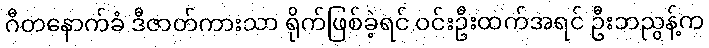
ဂီတနောက်ခံ ဒီဇာတ်ကားသာ ရိုက်ဖြစ်ခဲ့ရင် ဝင်းဦးထက်အရင် ဦးဘညွန့်က